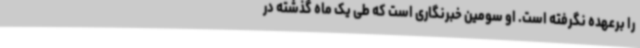
را برعهده نگرفته است. او سومین خبرنگاری است که طی یک ماه گذشته در